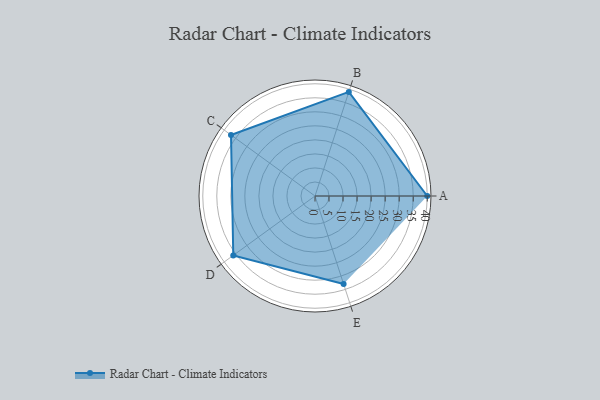
{"axis": {"x": "Skill", "y": "Score"}, "legend": ["Profile"], "data": [{"x": "A", "y": 40.0, "type": "Profile"}, {"x": "B", "y": 39.0, "type": "Profile"}, {"x": "C", "y": 37.0, "type": "Profile"}, {"x": "D", "y": 36.0, "type": "Profile"}, {"x": "E", "y": 33.0, "type": "Profile"}]}